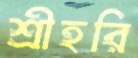
শ্রীহরি